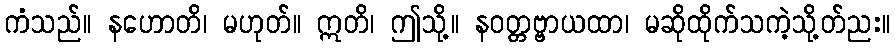
ကံသည်။ နဟောတိ၊ မဟုတ်။ ဣတိ၊ ဤသို့။ နဝတ္တဗ္ဗာယထာ၊ မဆိုထိုက်သကဲ့သို့တ်ညး။